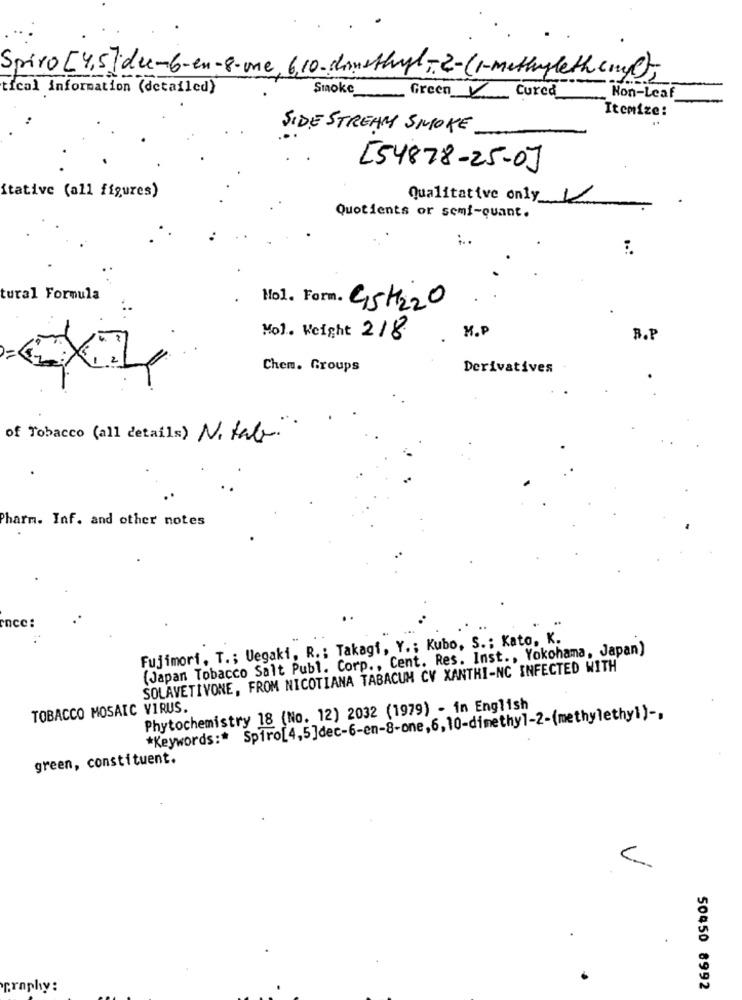
Spiro [4,5]due-6-en-8-one, 6,10-dimethyl-2-(1-methylethem);
tical information (detailed)
Cured
Non-Leaf
Smoke
Green V
Itemize:
SIDE STREAM SMOKE
[54878-25-0]
itative (all figures)
Qualitative only 1
Quotients or semi-quant.
tural Formula
Nol. Form. 95M220
M.P
Mol. Weight 218
B.P
Chem. Groups
Derivatives
of Tobacco (all details) N. tab.
. .
Pharm. Inf. and other notes
encc :
Fujimori. T .; Uegaki, R .: Takagi, Y .; Kubo, S .: Kato, K.
(Japan Tobacco Salt Publ. Corp ., Cent. Res. Inst ., Yokohama, Japan)
SOLAVETIVONE, FROM NICOTIANA TABACUM CV XANTHI-NC INFECTED WITH'
TOBACCO MOSAIC VIRUS.
Phytochemistry 18 (No. 12) 2032 (1979) - in English
*Keywords :* Spiro[4,5]dec-6-en-8-one,6,10-dimethyl-2-(methylethyl) -,
green, constituent.
11
graphy:
50450 8992